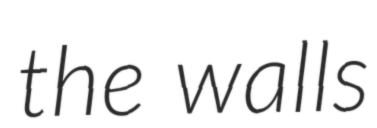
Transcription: the walls